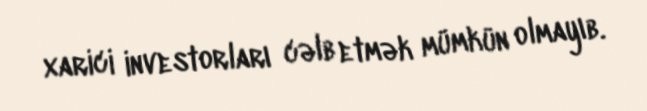
xarici investorları cəlb etmək mümkün olmayıb.